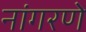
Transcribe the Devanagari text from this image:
नांगरणे